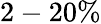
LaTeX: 2-20\%